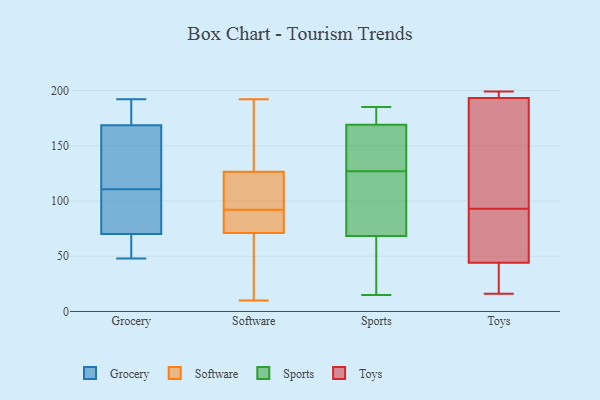
{"axis": {"x": "Revenue (USD Million)", "y": "Value"}, "legend": ["Grocery", "Software", "Sports", "Toys"], "data": [{"x": "", "y": 175, "type": "Grocery"}, {"x": "", "y": 85, "type": "Grocery"}, {"x": "", "y": 136, "type": "Grocery"}, {"x": "", "y": 162, "type": "Grocery"}, {"x": "", "y": 65, "type": "Grocery"}, {"x": "", "y": 48, "type": "Grocery"}, {"x": "", "y": 192, "type": "Grocery"}, {"x": "", "y": 155, "type": "Grocery"}, {"x": "", "y": 75, "type": "Grocery"}, {"x": "", "y": 82, "type": "Grocery"}, {"x": "", "y": 192, "type": "Grocery"}, {"x": "", "y": 61, "type": "Grocery"}, {"x": "", "y": 77, "type": "Software"}, {"x": "", "y": 104, "type": "Software"}, {"x": "", "y": 10, "type": "Software"}, {"x": "", "y": 183, "type": "Software"}, {"x": "", "y": 128, "type": "Software"}, {"x": "", "y": 91, "type": "Software"}, {"x": "", "y": 90, "type": "Software"}, {"x": "", "y": 12, "type": "Software"}, {"x": "", "y": 192, "type": "Software"}, {"x": "", "y": 125, "type": "Software"}, {"x": "", "y": 163, "type": "Software"}, {"x": "", "y": 93, "type": "Software"}, {"x": "", "y": 83, "type": "Software"}, {"x": "", "y": 66, "type": "Software"}, {"x": "", "y": 102, "type": "Software"}, {"x": "", "y": 154, "type": "Software"}, {"x": "", "y": 71, "type": "Software"}, {"x": "", "y": 114, "type": "Software"}, {"x": "", "y": 51, "type": "Software"}, {"x": "", "y": 71, "type": "Software"}, {"x": "", "y": 59, "type": "Sports"}, {"x": "", "y": 81, "type": "Sports"}, {"x": "", "y": 15, "type": "Sports"}, {"x": "", "y": 127, "type": "Sports"}, {"x": "", "y": 93, "type": "Sports"}, {"x": "", "y": 174, "type": "Sports"}, {"x": "", "y": 170, "type": "Sports"}, {"x": "", "y": 166, "type": "Sports"}, {"x": "", "y": 104, "type": "Sports"}, {"x": "", "y": 185, "type": "Sports"}, {"x": "", "y": 146, "type": "Sports"}, {"x": "", "y": 64, "type": "Sports"}, {"x": "", "y": 177, "type": "Sports"}, {"x": "", "y": 35, "type": "Sports"}, {"x": "", "y": 156, "type": "Sports"}, {"x": "", "y": 46, "type": "Toys"}, {"x": "", "y": 77, "type": "Toys"}, {"x": "", "y": 194, "type": "Toys"}, {"x": "", "y": 193, "type": "Toys"}, {"x": "", "y": 93, "type": "Toys"}, {"x": "", "y": 16, "type": "Toys"}, {"x": "", "y": 134, "type": "Toys"}, {"x": "", "y": 38, "type": "Toys"}, {"x": "", "y": 60, "type": "Toys"}, {"x": "", "y": 198, "type": "Toys"}, {"x": "", "y": 160, "type": "Toys"}, {"x": "", "y": 199, "type": "Toys"}, {"x": "", "y": 35, "type": "Toys"}]}